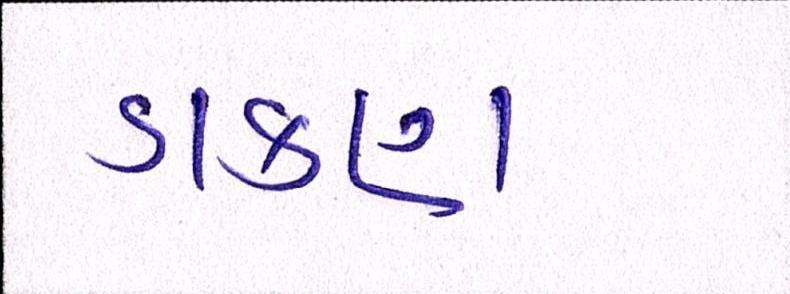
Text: ડાકણ